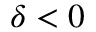
\delta < 0